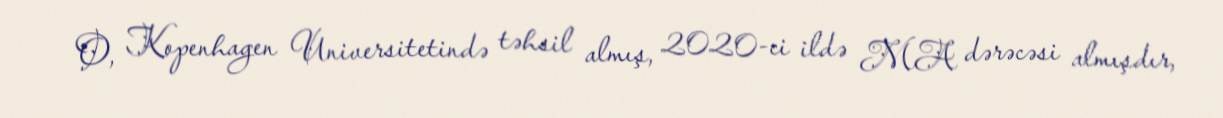
O, Kopenhagen Universitetində təhsil almış, 2020-ci ildə MA dərəcəsi almışdır,